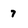
Character: 7